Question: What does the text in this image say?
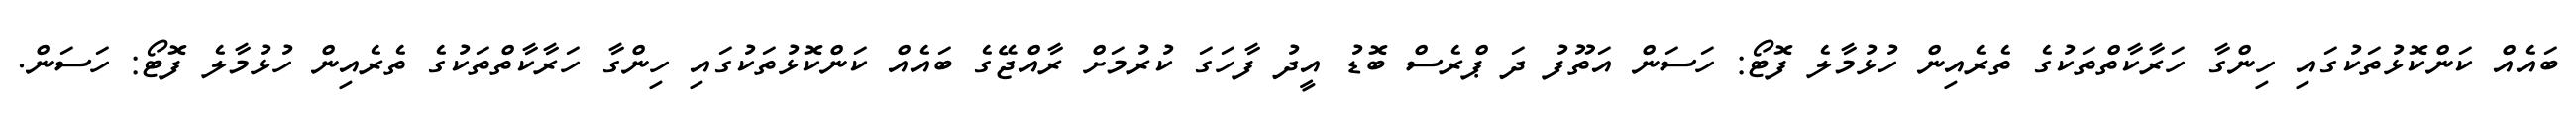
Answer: ބައެއް ކަންކޮޅުތަކުގައި ހިންގާ ހަރާކާތްތަކުގެ ތެރެއިން ހުޅުމާލެ ފޮޓޯ: ހަސަން އަތޫފު ދަ ޕްރެސް ބޮޑު އީދު ފާހަގަ ކުރުމަށް ރާއްޖޭގެ ބައެއް ކަންކޮޅުތަކުގައި ހިންގާ ހަރާކާތްތަކުގެ ތެރެއިން ހުޅުމާލެ ފޮޓޯ: ހަސަން.